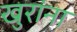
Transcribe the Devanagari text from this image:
खुरांना